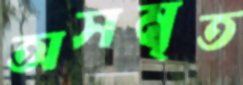
অসম্বৃত